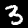
Label: 3